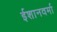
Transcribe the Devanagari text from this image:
ईशानवर्मा